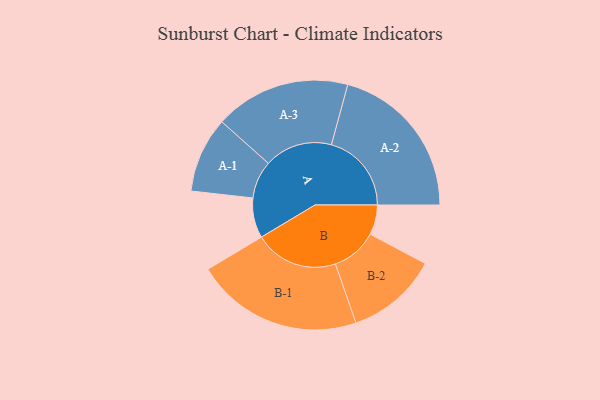
{"axis": {"x": "Segment", "y": "Value"}, "legend": ["", "A", "B"], "data": [{"x": "A", "y": 142, "type": ""}, {"x": "B", "y": 106, "type": ""}, {"x": "A-1", "y": 134, "type": "A"}, {"x": "A-2", "y": 284, "type": "A"}, {"x": "A-3", "y": 241, "type": "A"}, {"x": "B-1", "y": 297, "type": "B"}, {"x": "B-2", "y": 163, "type": "B"}]}